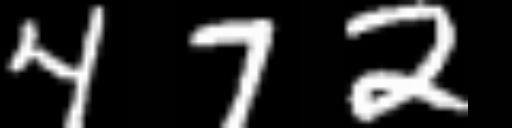
Text: 472